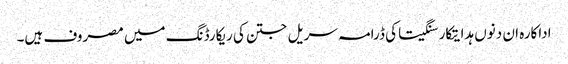
اداکارہ ان دنوں ہدایتکار سنگیتا کی ڈرامہ سریل جتن کی ریکارڈنگ میں مصروف ہیں۔